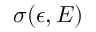
\sigma ( \epsilon , E )